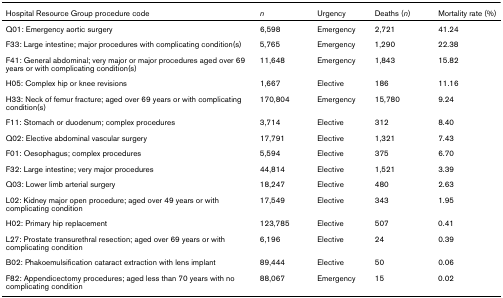
<table><thead><tr><td><b>Hospital Resource Group procedure code</b></td><td><b><i>n</i></b></td><td><b>Urgency</b></td><td><b>Deaths (<i>n</i>)</b></td><td><b>Mortality rate (%)</b></td></tr></thead><tbody><tr><td>Q01: Emergency aortic surgery</td><td>6,598</td><td>Emergency</td><td>2,721</td><td>41.24</td></tr><tr><td>F33: Large intestine; major procedures with complicating condition(s)</td><td>5,765</td><td>Emergency</td><td>1,290</td><td>22.38</td></tr><tr><td>F41: General abdominal; very major or major procedures aged over 69 years or with complicating condition(s)</td><td>11,648</td><td>Emergency</td><td>1,843</td><td>15.82</td></tr><tr><td>H05: Complex hip or knee revisions</td><td>1,667</td><td>Elective</td><td>186</td><td>11.16</td></tr><tr><td>H33: Neck of femur fracture; aged over 69 years or with complicating condition(s)</td><td>170,804</td><td>Emergency</td><td>15,780</td><td>9.24</td></tr><tr><td>F11: Stomach or duodenum; complex procedures</td><td>3,714</td><td>Elective</td><td>312</td><td>8.40</td></tr><tr><td>Q02: Elective abdominal vascular surgery</td><td>17,791</td><td>Elective</td><td>1,321</td><td>7.43</td></tr><tr><td>F01: Oesophagus; complex procedures</td><td>5,594</td><td>Elective</td><td>375</td><td>6.70</td></tr><tr><td>F32: Large intestine; very major procedures</td><td>44,814</td><td>Elective</td><td>1,521</td><td>3.39</td></tr><tr><td>Q03: Lower limb arterial surgery</td><td>18,247</td><td>Elective</td><td>480</td><td>2.63</td></tr><tr><td>L02: Kidney major open procedure; aged over 49 years or with complicating condition</td><td>17,549</td><td>Elective</td><td>343</td><td>1.95</td></tr><tr><td>H02: Primary hip replacement</td><td>123,785</td><td>Elective</td><td>507</td><td>0.41</td></tr><tr><td>L27: Prostate transurethral resection; aged over 69 years or with complicating condition</td><td>6,196</td><td>Elective</td><td>24</td><td>0.39</td></tr><tr><td>B02: Phakoemulsification cataract extraction with lens implant</td><td>89,444</td><td>Elective</td><td>50</td><td>0.06</td></tr><tr><td>F82: Appendicectomy procedures; aged less than 70 years with no complicating condition</td><td>88,067</td><td>Emergency</td><td>15</td><td>0.02</td></tr></tbody></table>